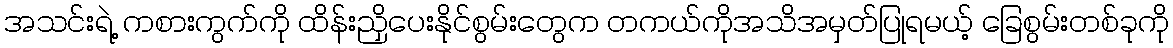
အသင်းရဲ့ ကစားကွက်ကို ထိန်းညှိပေးနိုင်စွမ်းတွေက တကယ်ကိုအသိအမှတ်ပြုရမယ့် ခြေစွမ်းတစ်ခုကို